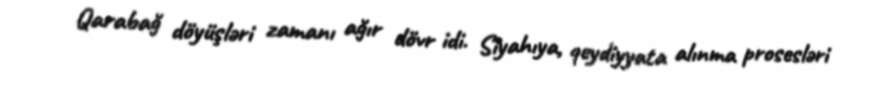
Qarabağ döyüşləri zamanı ağır dövr idi. Siyahıya, qeydiyyata alınma prosesləri